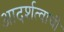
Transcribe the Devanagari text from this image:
आदर्शत्वाची